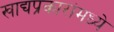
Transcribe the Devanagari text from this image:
खाद्यप्रकारांमध्ये